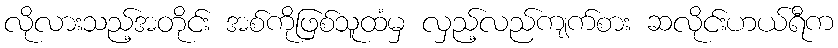
လိုလားသည့်အတိုင်း အစ်ကိုဖြစ်သူထံမှ လှည့်လည်ကျက်စား ဆလိုင်းဟယ်ရီက